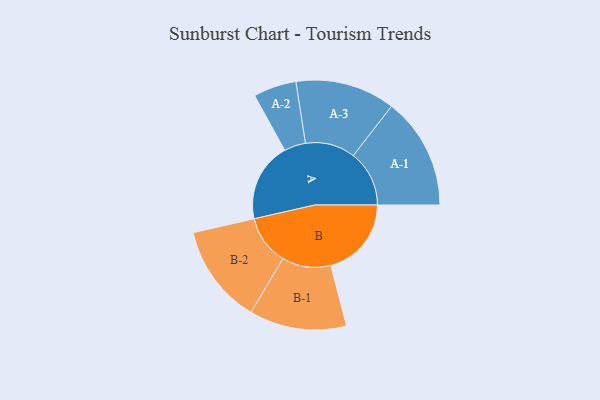
{"axis": {"x": "Segment", "y": "Value"}, "legend": ["", "A", "B"], "data": [{"x": "A", "y": 393, "type": ""}, {"x": "B", "y": 401, "type": ""}, {"x": "A-1", "y": 278, "type": "A"}, {"x": "A-2", "y": 107, "type": "A"}, {"x": "A-3", "y": 248, "type": "A"}, {"x": "B-1", "y": 242, "type": "B"}, {"x": "B-2", "y": 247, "type": "B"}]}